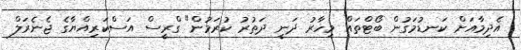
އެދިމާއަށް ކަނޑުމަގުން ބޯޓްތައް މިހާރު ދަނީ ދަތުރު ކުރަމުން" ގްރީސް އަސްކަރިއްޔާގެ ޖެނެރަލް